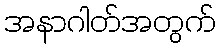
အနာဂါတ်အတွက်